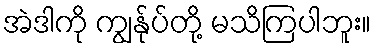
အဲဒါကို ကျွန်ုပ်တို့ မသိကြပါဘူး။